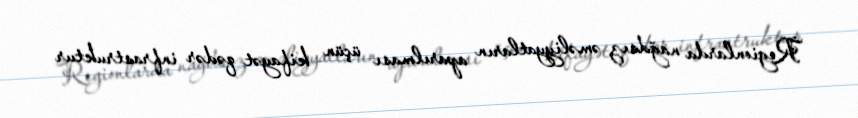
Regionlarda nağdsız əməliyyatların aparılması üçün kifayət qədər infrastruktur